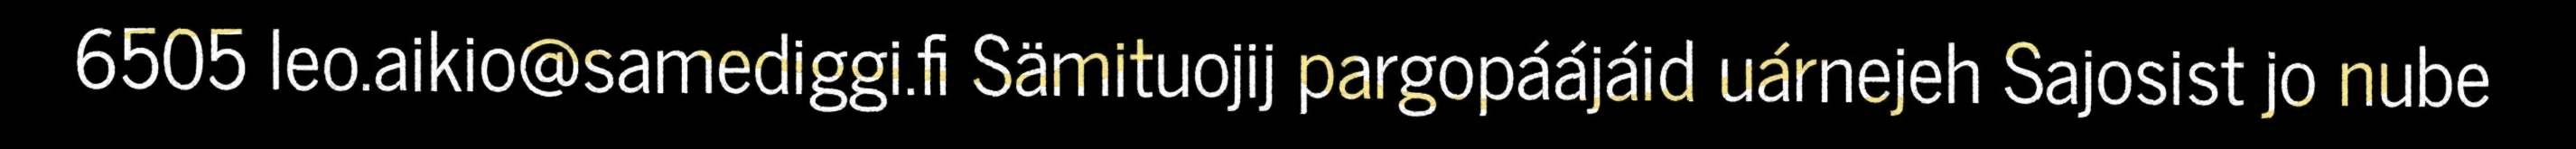
6505 leo.aikio@samediggi.fi Sämituojij pargopáájáid uárnejeh Sajosist jo nube